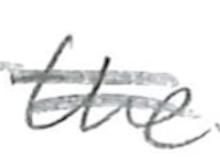
Text: the
Cross-out: double-line
Writing tool: pencil